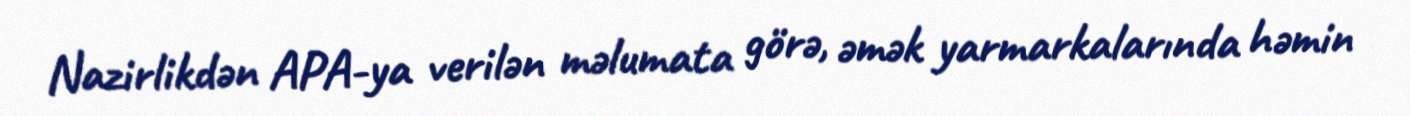
Nazirlikdən APA-ya verilən məlumata görə, əmək yarmarkalarında həmin